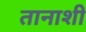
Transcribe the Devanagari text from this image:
तानाशी